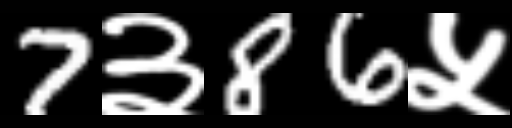
Text: 7३86५